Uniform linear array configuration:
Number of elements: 8
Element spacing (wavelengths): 0.75
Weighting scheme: exponential
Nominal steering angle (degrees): -60
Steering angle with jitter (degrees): -60.185
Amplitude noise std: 0.05
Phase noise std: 0.05

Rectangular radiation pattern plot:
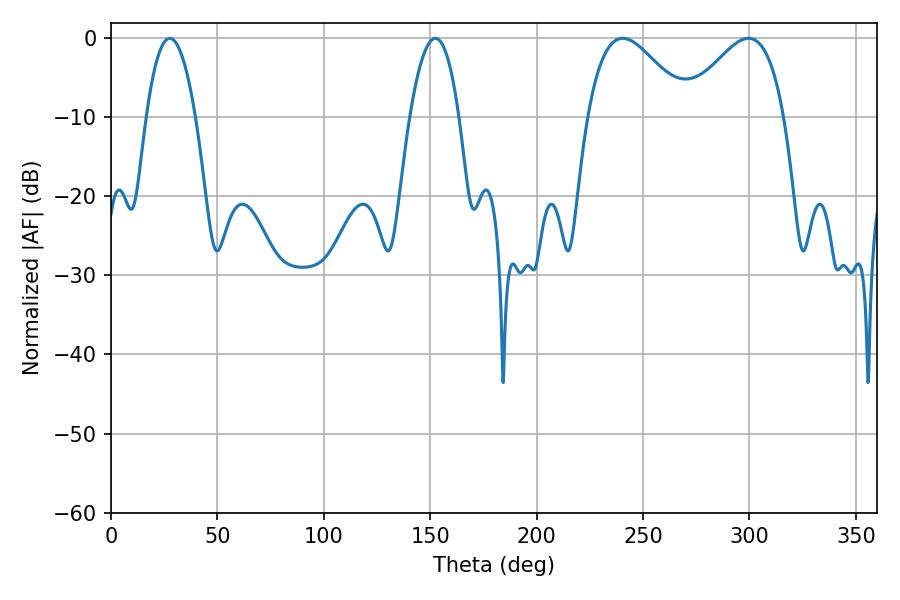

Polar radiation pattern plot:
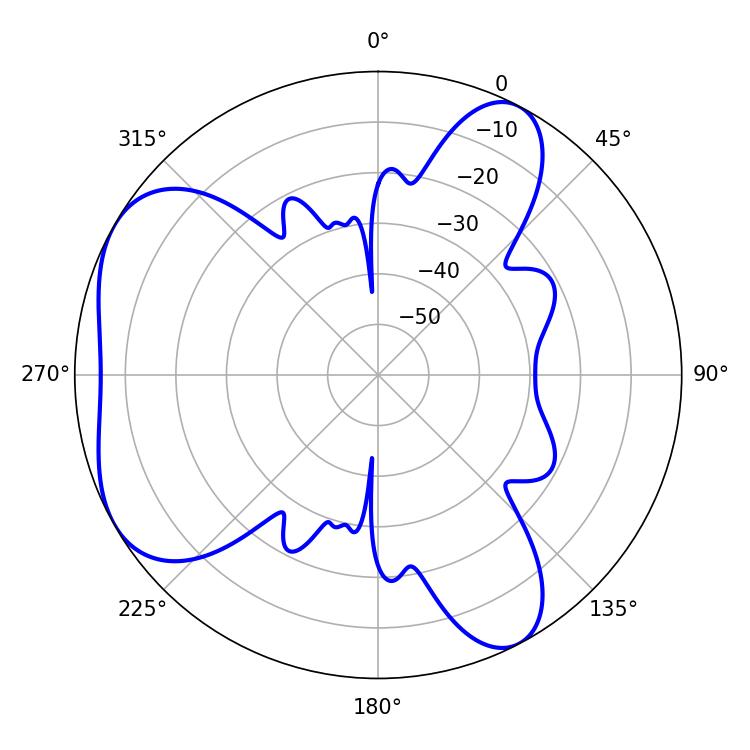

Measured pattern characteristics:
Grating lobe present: TRUE
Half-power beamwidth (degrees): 25.38
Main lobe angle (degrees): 240.48